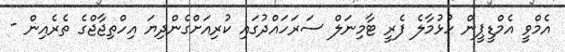
އެމްވީ އެމްޑީޕީން ހުޅުމާލެ ފެރީ ޓާމިނަލް ސަރަހައްދުގައި ކުރިއަށްގެންދިޔަ އިހްތިޖާޖްގެ ތެރެއިން -